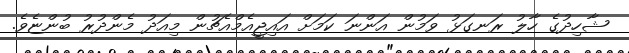
ޝާހިދުގެ ހާލު ރަނގަޅު ވަމުން އަންނަ ކަމަށް އައިޖީއެމްއެޗުން މިއަދު މެންދުރު ބުންޏެވެ.